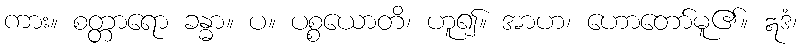
ကား။ စတ္တာရော ခန္ဓာ။ ပ။ ပစ္စယောတိ၊ ဟူ၍။ အာဟ၊ ဟောတော်မူ၏။ ဣဒံ၊